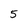
Character: 5